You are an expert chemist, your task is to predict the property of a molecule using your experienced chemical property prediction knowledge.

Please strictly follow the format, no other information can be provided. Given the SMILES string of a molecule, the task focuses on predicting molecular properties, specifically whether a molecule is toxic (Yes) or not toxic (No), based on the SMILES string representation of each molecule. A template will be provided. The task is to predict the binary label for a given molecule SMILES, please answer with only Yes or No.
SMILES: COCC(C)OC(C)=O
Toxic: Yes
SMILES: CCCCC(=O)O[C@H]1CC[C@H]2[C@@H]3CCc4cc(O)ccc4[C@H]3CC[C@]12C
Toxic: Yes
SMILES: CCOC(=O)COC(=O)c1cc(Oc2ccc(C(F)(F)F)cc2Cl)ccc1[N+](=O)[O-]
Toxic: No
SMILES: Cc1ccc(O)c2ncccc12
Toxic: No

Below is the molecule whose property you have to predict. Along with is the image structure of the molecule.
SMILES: CC[N+](CC)(CC)CC
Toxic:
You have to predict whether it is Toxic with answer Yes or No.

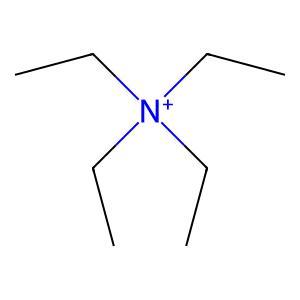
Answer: No